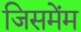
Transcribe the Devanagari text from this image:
जिसमेंम